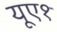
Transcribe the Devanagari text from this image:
यूए१